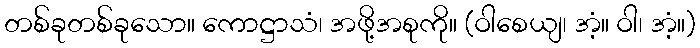
တစ်ခုတစ်ခုသော။ ကောဋ္ဌာသံ၊ အဖို့အစုကို။ (ဝါစေယျ၊ အံ့။ ဝါ၊ အံ့။)